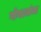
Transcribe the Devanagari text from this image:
गोगट्यांचा